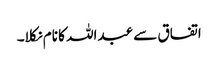
اتفاق سے عبداللہ کا نام نکلا۔